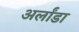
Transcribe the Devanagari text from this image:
अर्लांडा